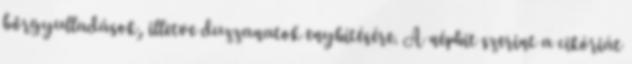
bőrgyulladások, illetve duzzanatok enyhítésére. A néphit szerint a cikóriát